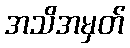
အသိအမှတ်